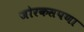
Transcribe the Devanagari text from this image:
जोरकसपणा